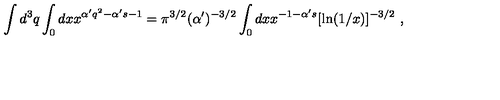
\int d ^ { 3 } q \int _ { 0 } d x x ^ { \alpha ^ { \prime } q ^ { 2 } - \alpha ^ { \prime } s - 1 } = \pi ^ { 3 / 2 } ( \alpha ^ { \prime } ) ^ { - 3 / 2 } \int _ { 0 } d x x ^ { - 1 - \alpha ^ { \prime } s } [ \ln ( 1 / x ) ] ^ { - 3 / 2 } \ ,